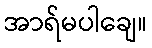
အာရ်မပါချေ။